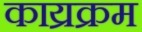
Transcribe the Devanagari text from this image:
काय्रक्रम